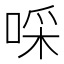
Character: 啋